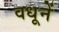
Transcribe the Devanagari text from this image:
वधूनें